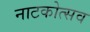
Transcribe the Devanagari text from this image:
नाटकोत्सव